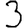
Digit: 3